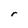
Character: r